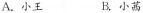
A.小王 B.小茜